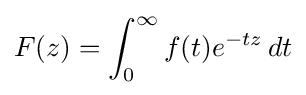
F(z)=\int _{0}^{\infty }f(t)e^{-tz}\,dt